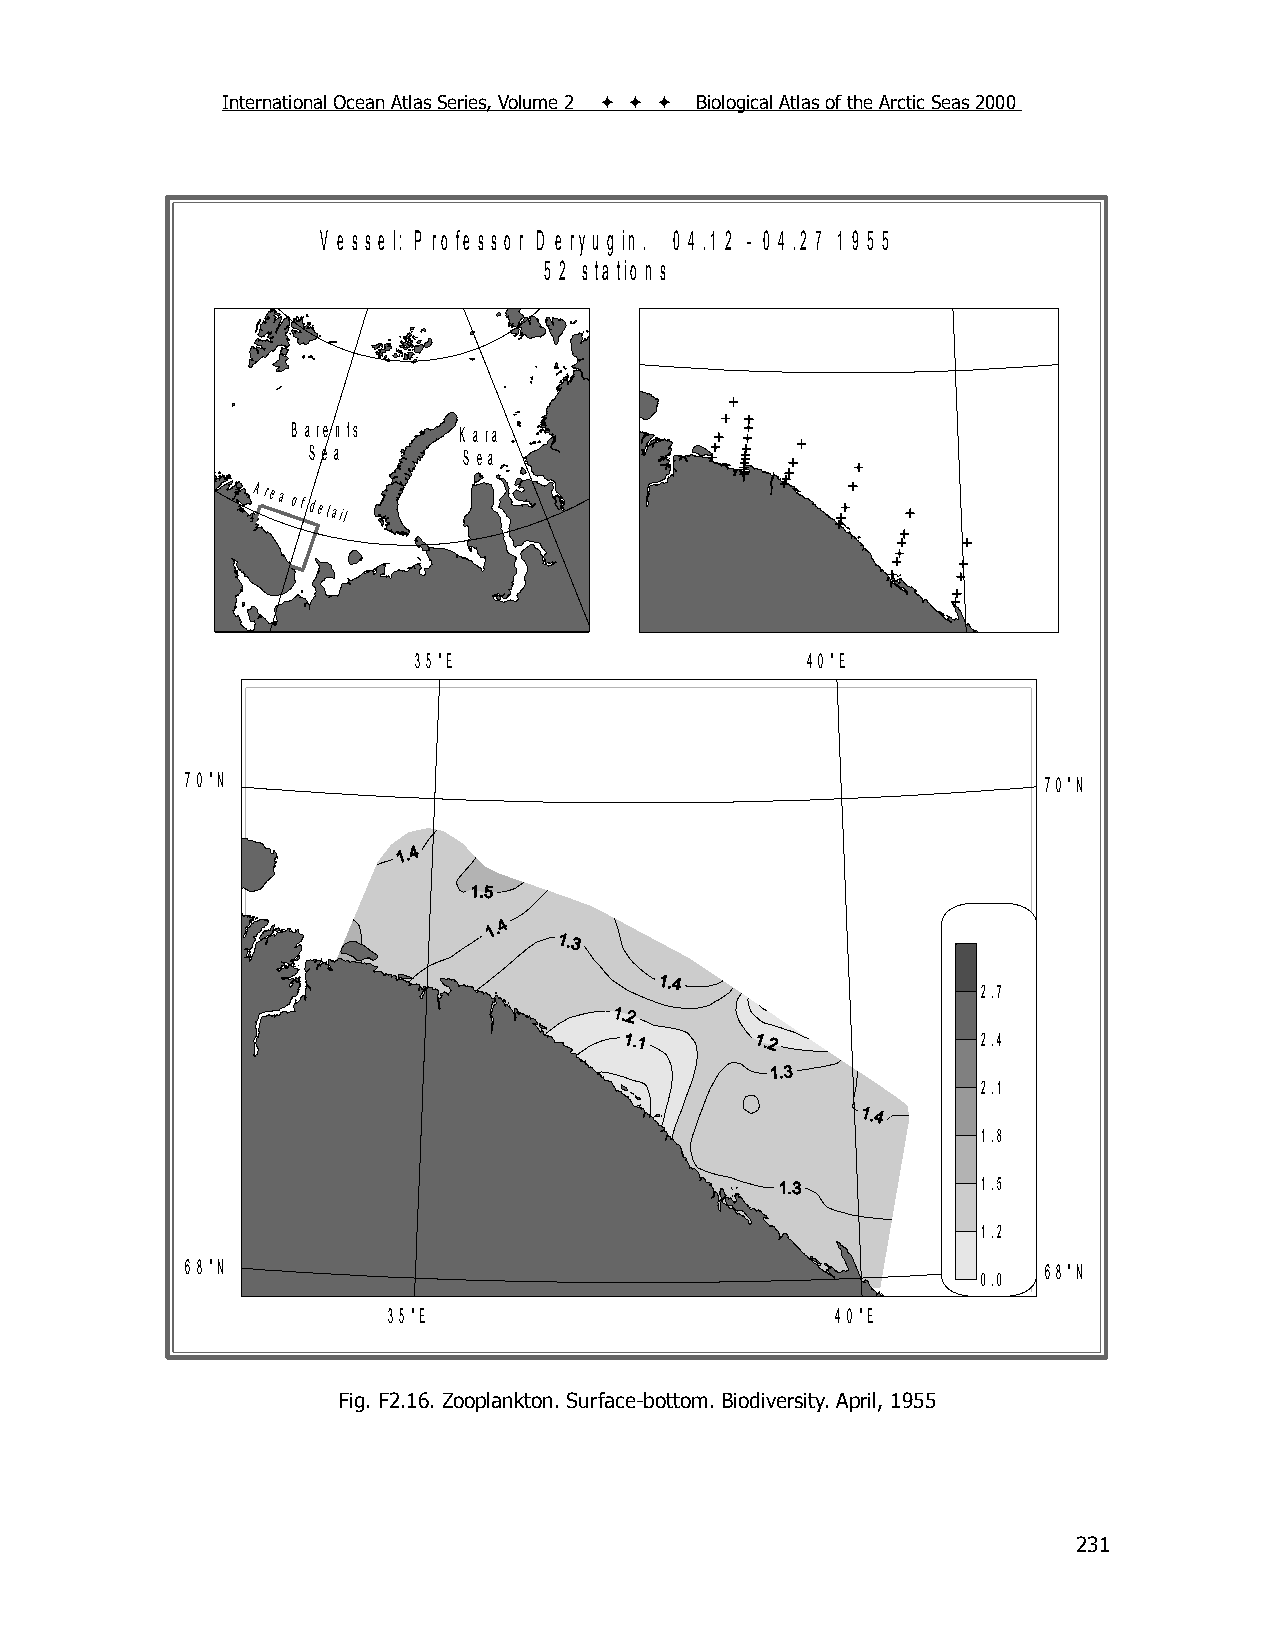
International Ocean Atlas Series, Volume 2    Biological Atlas of the Arctic Seas 2000
 V e s s e l: P ro fe s s o r D e ry u g in . 0 4 .1 2 - 0 4 .2 7 1 9 5 5
 5 2 s ta tio n s
 B a re n ts K a ra
 S e a      S e a
 Area
 of detail
 3 5 °E                    4 0 °E
 7 0 °N                                                   7 0 °N
 2.7
 2.4
 2.1
 1.8
 1.5
 1.2
 6 8 °N                                                   6 8 °N
 0.0
 3 5 °E                       4 0 °E
 Fig. F2.16. Zooplankton. Surface-bottom. Biodiversity. April, 1955
 231